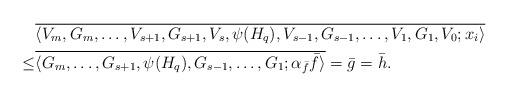
LaTeX: \begin{align*}&\overline{\langle V_m,G_m,\dots, V_{s+1},G_{s+1},V_{s},\psi(H_q),V_{s-1},G_{s-1},\dots, V_1,G_1,V_0;x_i\rangle}\\\leq& \overline{\langle G_m,\dots, G_{s+1},\psi(H_q),G_{s-1},\dots, G_1;\alpha_{\bar f} \bar f\rangle}=\bar g=\bar h.\end{align*}